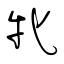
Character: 牝